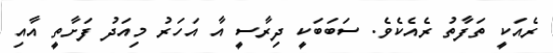
ރެއަކީ ތަފާތު ރެެއެކެވެ. ސަބަބަކީ ދިރާސީ އާ އަހަރު މިއަދު ފަށާތީ އާއި